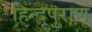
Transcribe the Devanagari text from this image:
हिन्दूपुराण